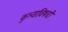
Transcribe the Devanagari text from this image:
कुत्र्याविषयी